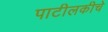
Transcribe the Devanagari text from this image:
पाटीलकीचे